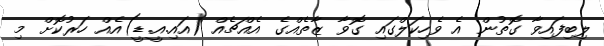
ލިބިފައިވާ ގޮތުން އެ ވެހިކަލްގައި ގޮވާ ޒާތެއްގެ އެއްޗެއް (އައި.އީ.ޑީ)އެއް ހަރުކޮށް މި